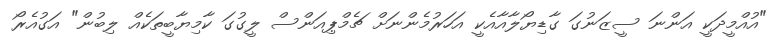
"އުއްމީދަކީ އަންނަ ސީޒަނުގަ ގާޑިޔޯލާއާއެކީ އަހަރުމެންނަށް ޗެމްޕިއަންސް ލީގުގަ ކާމިޔާބީތަކެއް ލިބުން" އަގުއެރޯ